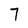
Character: 7